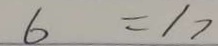
6 = 1 7